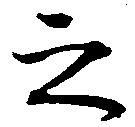
之